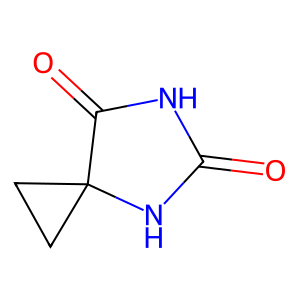
SMILES: O=C1NC(=O)C2(CC2)N1
Inhibits HIV replication: No